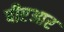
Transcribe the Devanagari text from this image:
पीएआर